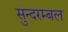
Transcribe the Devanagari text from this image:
सुन्दरम्बल